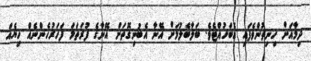
ދިމާއަށް ހިނިތުންވެފައި އެބަހުއްޓެވެ. ބަލާބެލުމަށް އޭނާ އެބުނިގޮތަށް އޭނާގެ ފުރަތަމަ ފަހަރުހެންނެއް ހިޔެއް